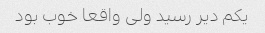
یکم دیر رسید ولی واقعا خوب بود